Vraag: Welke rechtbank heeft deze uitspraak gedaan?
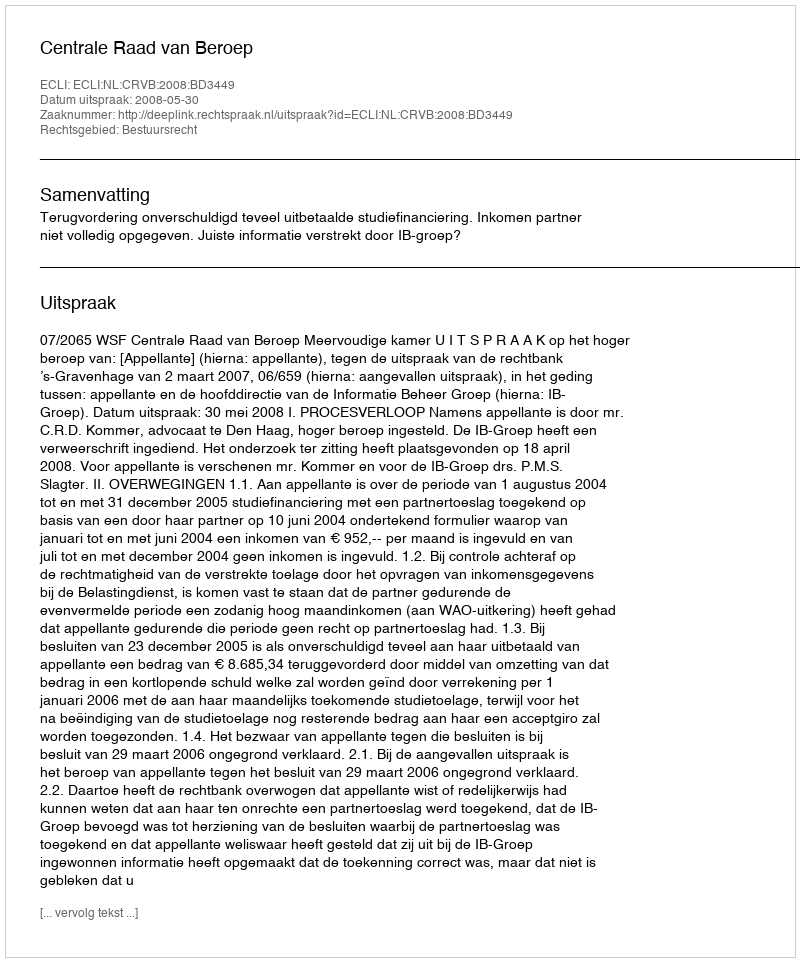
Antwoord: Centrale Raad van Beroep